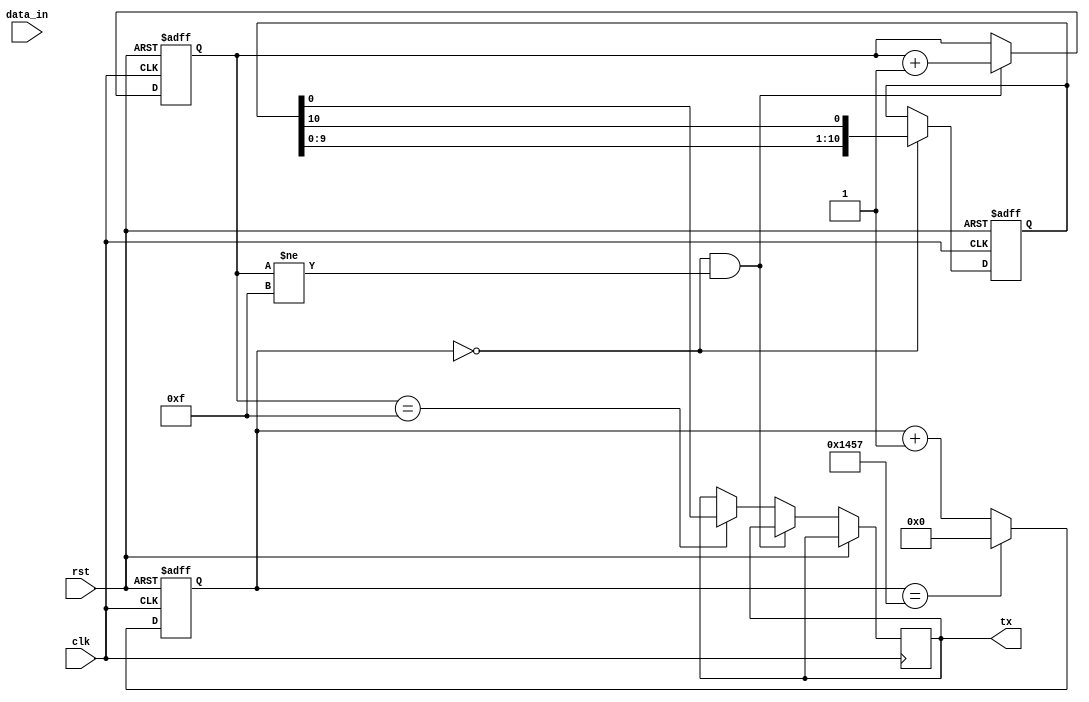
module uart_transmitter (
    input wire clk, // Clock signal
    input wire rst, // Reset signal
    input wire [7:0] data_in, // Parallel data input
    output reg tx // TX pin for serial data output
);

// Data Input Block
reg [7:0] data_buffer;

always @(posedge clk or posedge rst)
begin
    if (rst)
        data_buffer <= 8'b0;
    else
        data_buffer <= data_in;
end

// Encoding Block
reg [10:0] serial_data;
reg encoding_done;

always @(posedge clk or posedge rst)
begin
    if (rst)
    begin
        serial_data <= 11'b0;
        encoding_done <= 0;
    end
    else if (!encoding_done)
    begin
        serial_data = {1'b0, data_buffer, 1'b1};
        encoding_done = 1;
    end
end

// Baud Rate Generator
reg [15:0] baud_counter;
parameter BAUD_RATE = 9600; // Desired baud rate

always @(posedge clk or posedge rst)
begin
    if (rst)
        baud_counter <= 16'b0;
    else if (baud_counter == (50000000/BAUD_RATE - 1))
        baud_counter <= 0;
    else
        baud_counter <= baud_counter + 1;
end

// Shift Register
reg [10:0] shift_reg;

always @(posedge clk or posedge rst)
begin
    if (rst)
        shift_reg <= 11'b0;
    else if (baud_counter == 0)
        shift_reg <= {shift_reg[9:0], shift_reg[10]};
end

// Output Block
reg [3:0] tx_count;

always @(posedge clk or posedge rst)
begin
    if (rst)
        tx_count <= 4'b0;
    else if (baud_counter == 0 && tx_count != 4'b1111)
        tx_count <= tx_count + 1;
    else if (tx_count == 4'b1111)
        tx <= shift_reg[0];
end

endmodule